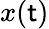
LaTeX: x(\mathsf{t})